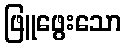
ဖြူဖွေးသော